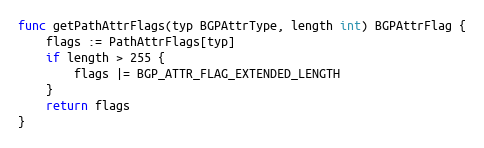
Language: Go
func getPathAttrFlags(typ BGPAttrType, length int) BGPAttrFlag {
	flags := PathAttrFlags[typ]
	if length > 255 {
		flags |= BGP_ATTR_FLAG_EXTENDED_LENGTH
	}
	return flags
}